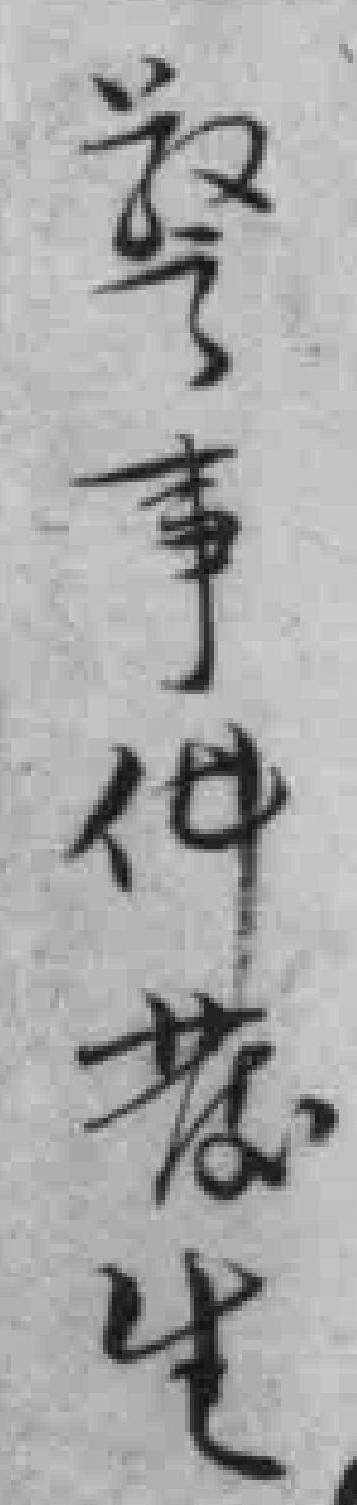
警事件發生